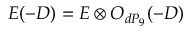
E ( - D ) = E \otimes { \cal O } _ { d P _ { 9 } } ( - D )